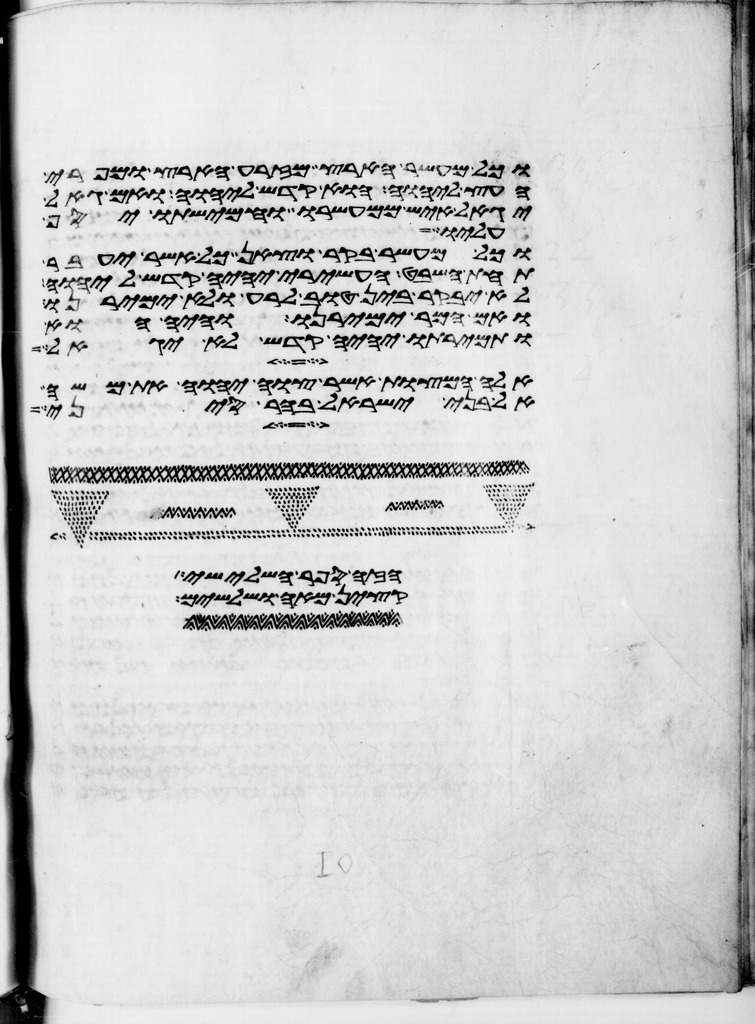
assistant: ופקדיו חמשה ושלשים